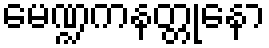
မေဏ္ဍကနတ္တုနော